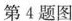
第4题图